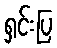
ရှင်းပြ